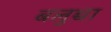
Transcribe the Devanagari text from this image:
बलुच्चा